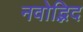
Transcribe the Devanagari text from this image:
नवोद्भिद